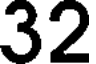
32